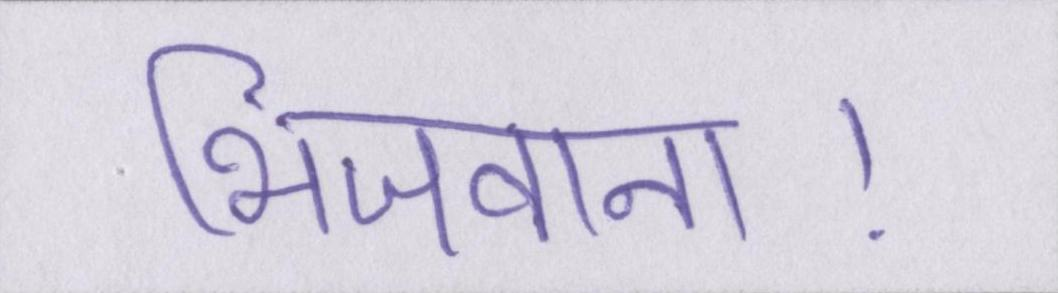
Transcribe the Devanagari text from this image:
भिजवाना।